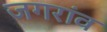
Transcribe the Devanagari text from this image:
जगरांव